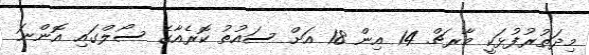
މިދަތުރުފުޅަކީ މާރޗް 14 އިން 18 އަށް ސައުތު ކޮރެއާގެ ސޯލްގައި އޮންނަ